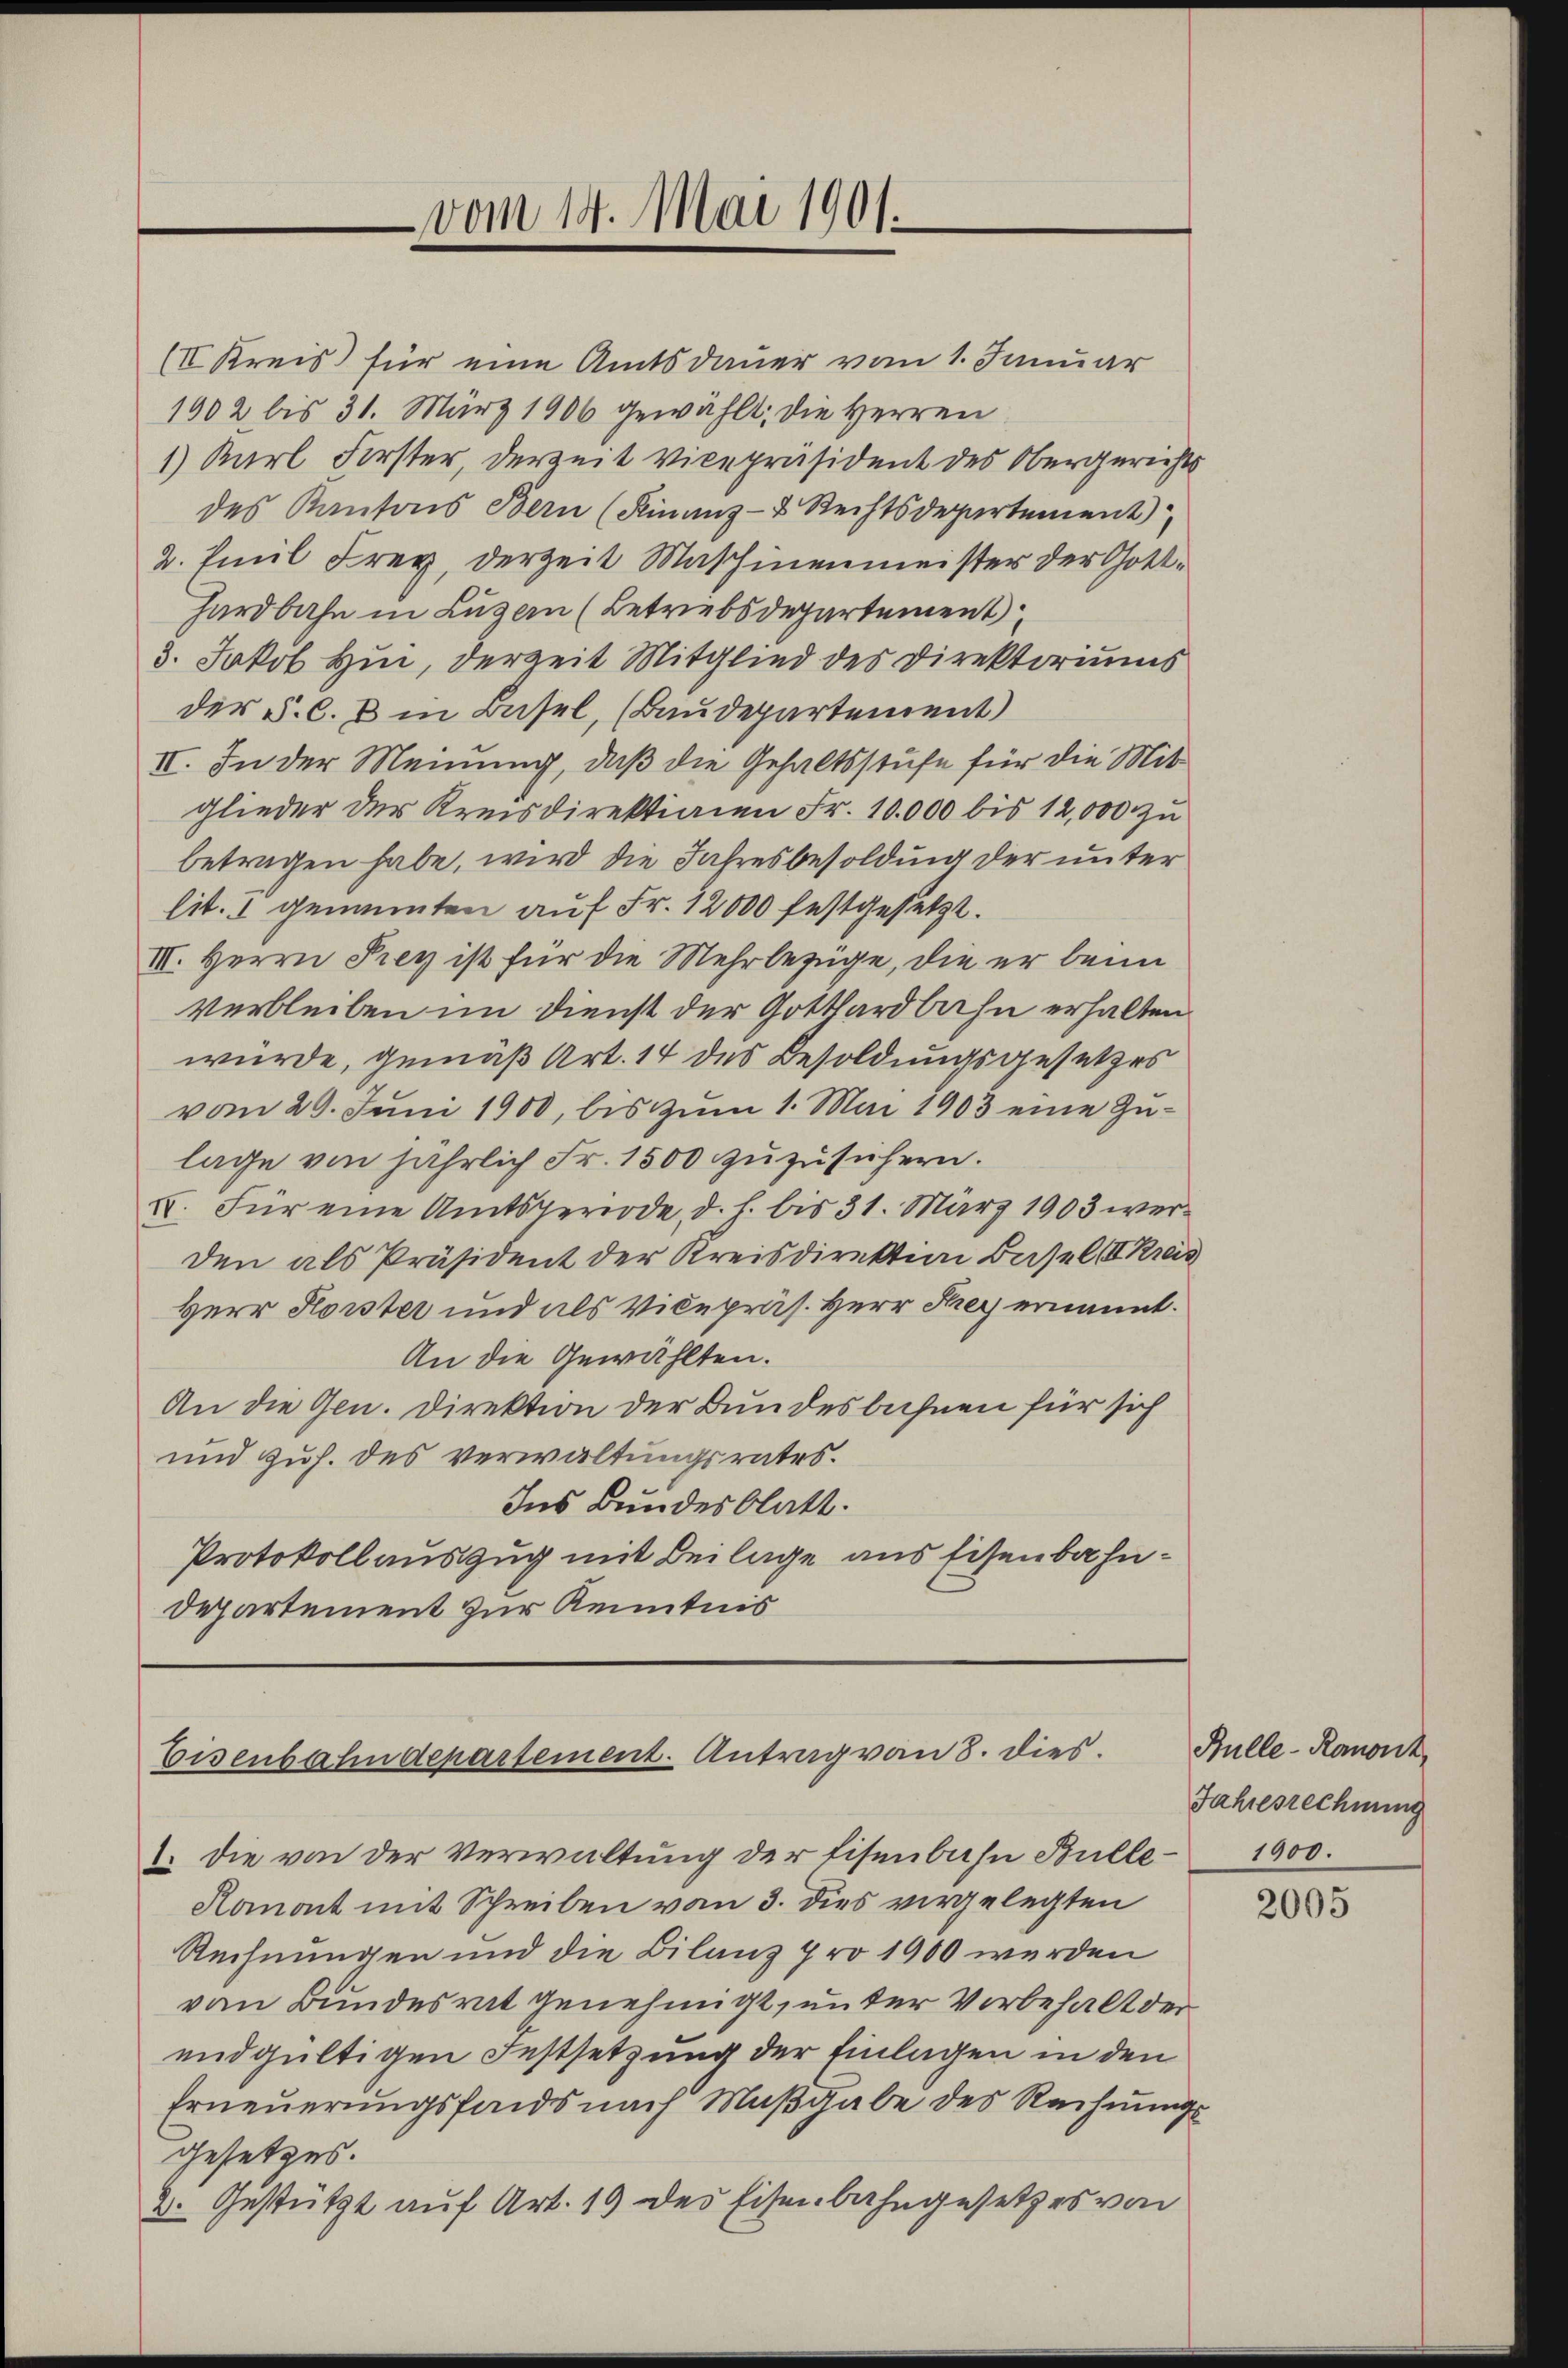
(II Kreis für eine Amtsdauer vom 1. Januar
1902 bis 31. März 1906 gewählt; die Herren
1) Karl Forster, derzeit vicepräsident des Obergerichts
des Kantons Bern (Finanz- & Rechtsdepartement
2. Emil Frey, derzeit Maschinenmeister der Gotthardbahn in Luzern (Betriebsdepartement
3. Jakob Hin, derzeit Mitglied des Direktoriums
der §. C. B. in Basel, (Baudepartement)
IV. In der Meinung, daß die Gehaltsstufe für die Mitglieder der Kreisdirektionen Fr. 10,000 bis 12,000 zu
betragen habe, wird die Jahresbesoldung der unter
lit. 1 genannten auf Fr. 12000 festgesetzt.
III. Herrn Prey ist für die Mehrbezüge, die er beim
verbleiben im Dienst der Gotthardbahn erhalten
würde, gemäß Art. 14 des Besoldungsgesetzes
vom 20. Juni 1900, bis zum 1. Mai 1903 eine Zulage von jährlich Fr. 1500 zuzusichern.
I. Für eine Amtsperiode, d. h. bis 31. März 1903 werden als Präsident der Kreisdirektion Basel II. Kreis
Herr Korster und als Vicepräs. Herr Frey ernannt.
An die Gewählten.
An die Gen. Direktion der Bundesbühnen für sich
und Zuh. des verwaltungsrates.
Ins Bundesblatt.
Protokollauszug mit Beilage aus Eisenbahn¬
Departement zur Kenntnis

vom 14. Mai 1901.

Eisenbahndepartement. Antrag von 8. dies

1. Die von der Verwaltung der Eisenbahn Bulle¬
Ramont mit Schreiben von 3. dies vorgelegten
Rechnungen und die Bilanz pro 1900 wurden
vom Bundesrat genehmigt, unter Vorbehalt der
endgültigen Festsetzung der Einlagen in den
Erneuerungsfonds nach Maßgabe des Rechnungs
gesetzes.
2. Gestützt auf Art. 19 der Eisenbahngesetzes von

Bulle-Ramont,
Jahresrechnung
1900.

2005